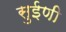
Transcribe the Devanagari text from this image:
सुईणी